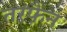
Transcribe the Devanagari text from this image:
तरफै़न